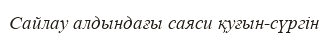
Сайлау алдындағы саяси қуғын-сүргін